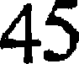
45